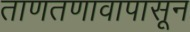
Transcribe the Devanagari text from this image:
ताणतणावापासून